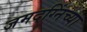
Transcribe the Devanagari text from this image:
जमदग्निंच्या